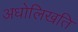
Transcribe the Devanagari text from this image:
अधोलिखति